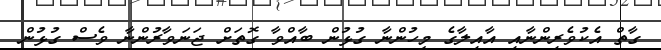
ގާތް އެކުވެރިންނާއި އާއިލާގެ މީހުންނާ ގުޅުން ބާއްވާ ގޮތަށް ޖަނަވާރުންނާ ވެސް ގުޅުން